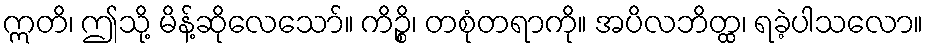
ဣတိ၊ ဤသို့ မိန့်ဆိုလေသော်။ ကိဉ္စိ၊ တစုံတရာကို။ အပိလဘိတ္ထ၊ ရခဲ့ပါသလော။